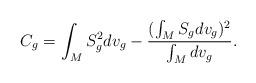
LaTeX: \begin{align*}C_g =\int_MS_{g}^2dv_{g}-\frac{(\int_MS_{g}dv_{g})^2}{\int_Mdv_{g}}.\end{align*}